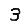
Digit: 3